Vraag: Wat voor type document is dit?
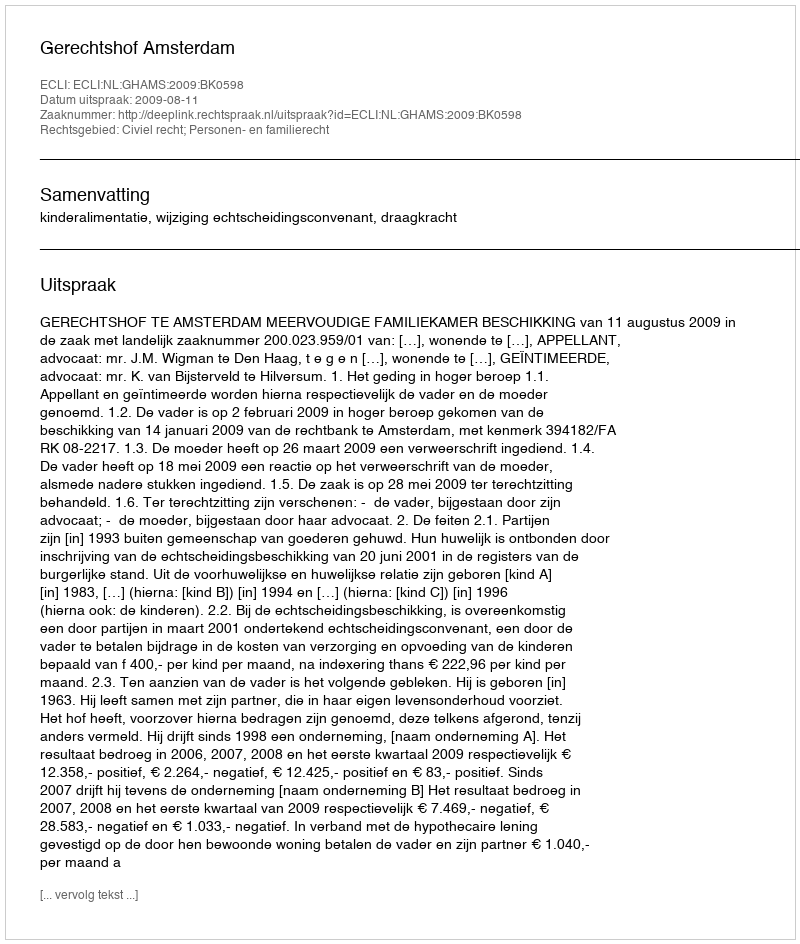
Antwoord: Uitspraak